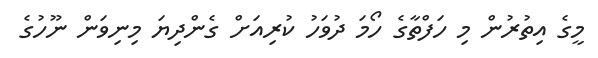
މީގެ އިތުރުން މި ހަފްތާގެ ހޯމަ ދުވަހު ކުރިއަށް ގެންދިޔަ މިނިވަން ނޫހުގެ